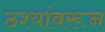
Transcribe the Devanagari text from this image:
ठश्यांवरून